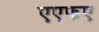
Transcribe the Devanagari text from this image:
एएफए